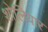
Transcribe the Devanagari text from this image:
शोलियार